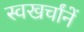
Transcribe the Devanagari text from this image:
स्वखर्चांनें